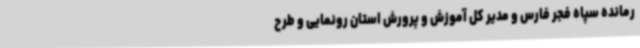
رمانده سپاه فجر فارس و مدیر کل آموزش و پرورش استان رونمایی و طرح